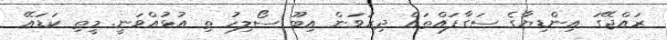
ރައްޖޭގަ އިންޑިޔާގެ ސަގާފައްތައް ދިރުވަން އިބޫ ސޯލިހު ތި އުޅުއްވަނީ. މީތި ކަޑައޭ